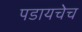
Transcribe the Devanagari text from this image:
पडायचेच